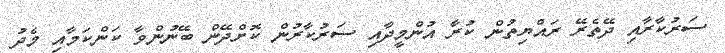
ސަރުކާރާއި ދޭތެރޭ ރައްޔިތުން ކުރާ އުންމީދާއި ސަރުކާރުން ކޮށްދޭން ބޭނުންވާ ކަންކަމާއި މެދު